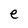
Character: e